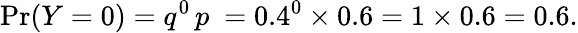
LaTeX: \operatorname*{Pr}(Y=0)=q^{0}\, p\ =0.4^{0}\times 0.6=1\times 0.6=0.6.